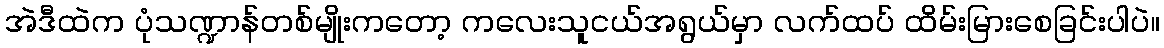
အဲဒီထဲက ပုံသဏ္ဍာန်တစ်မျိုးကတော့ ကလေးသူငယ်အရွယ်မှာ လက်ထပ် ထိမ်းမြားစေခြင်းပါပဲ။